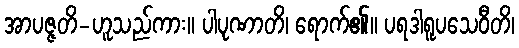
အာပဇ္ဇတိ-ဟူသည်ကား။ ပါပုဏာတိ၊ ရောက်၏။ ပရဒါရူပသေဝီတိ၊